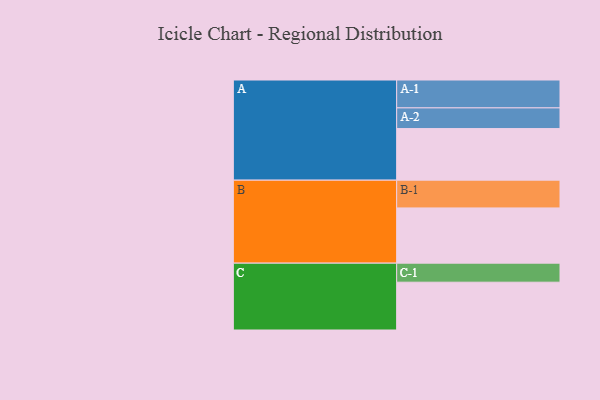
{"axis": {"x": "Segment", "y": "Value"}, "legend": ["", "A", "B", "C"], "data": [{"x": "A", "y": 396, "type": ""}, {"x": "B", "y": 424, "type": ""}, {"x": "C", "y": 367, "type": ""}, {"x": "A-1", "y": 214, "type": "A"}, {"x": "A-2", "y": 159, "type": "A"}, {"x": "B-1", "y": 213, "type": "B"}, {"x": "C-1", "y": 146, "type": "C"}]}